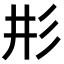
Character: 𢒈